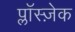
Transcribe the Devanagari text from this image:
प्लाॅस्ज़ेक